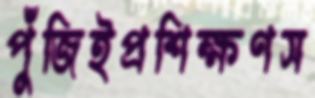
পুঁজিইপ্রশিক্ষণস